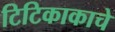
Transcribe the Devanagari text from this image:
टिटिकाकाचे